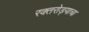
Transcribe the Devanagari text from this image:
रक्तरोड्याचा